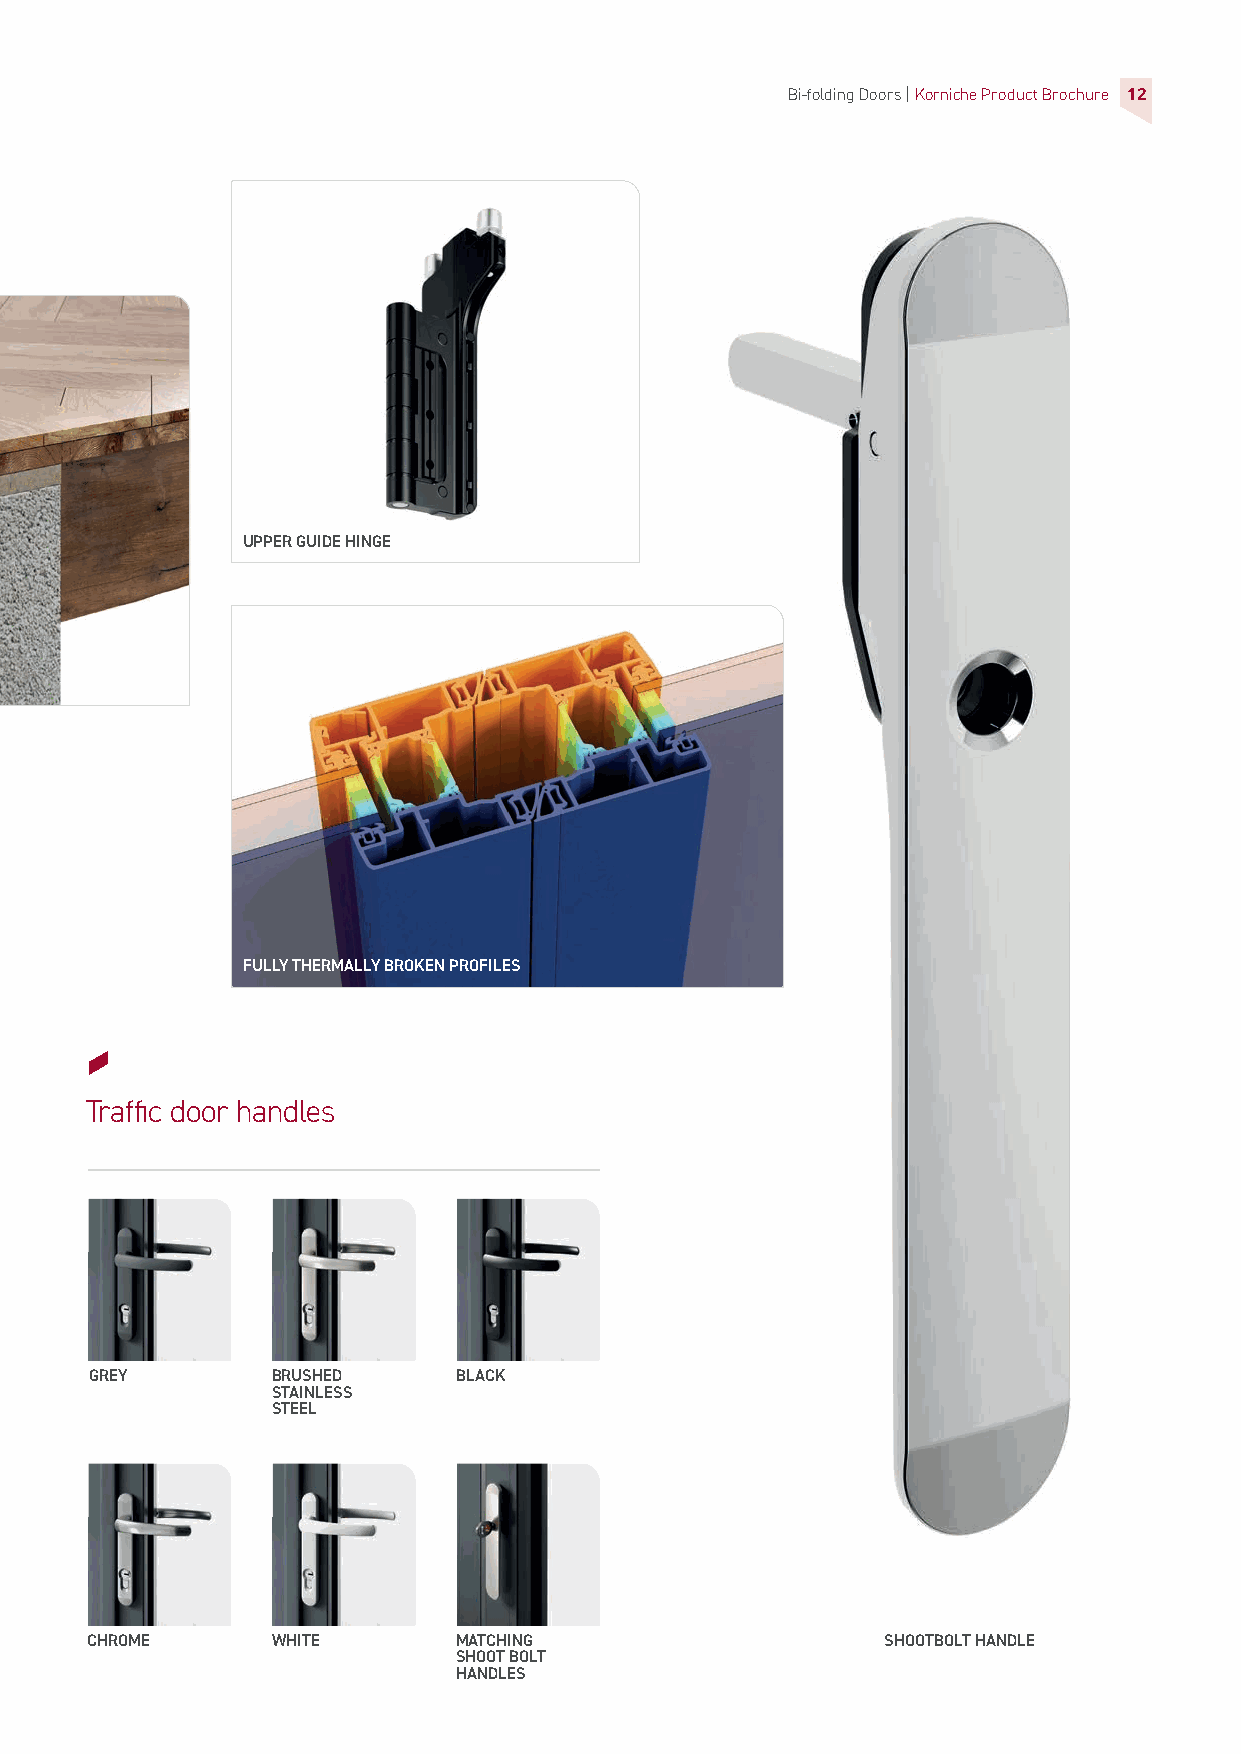
Bi-folding Doors |Korniche Product Brochure 12
 UPPER GUIDE HINGE
 FULLY THERMALLY BROKEN PROFILES
 Traffic door handles
 GREY        BRUSHED     BLACK
 STAINLESS
 STEEL
 CHROME      WHITE       MATCHING                     SHOOTBOLT HANDLE
 SHOOT BOLT
 HANDLES